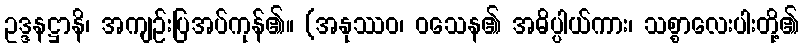
ဥဒ္ဒနဋ္ဌာနိ၊ အကျဉ်းပြအပ်ကုန်၏။ (အနုဿဝ၊ ဝသေန၏ အဓိပ္ပါယ်ကား၊ သစ္စာလေးပါးတို့၏